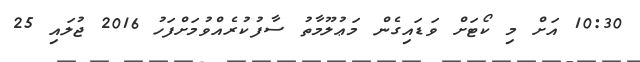
10:30 އަށް މި ކޯޓަށް ވަޑައިގެން މަޢުލޫމާތު ސާފުކުރެއްވުމަށްފަހު 2016 ޖުލައި 25